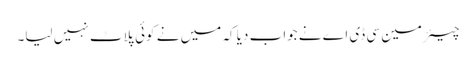
چیئرمین سی ڈی اے نے جواب دیا کہ میں نے کوئی پلاٹ نہیں لیا۔